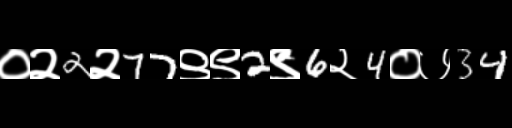
Text: ०२2२77९९2९6२4०७34